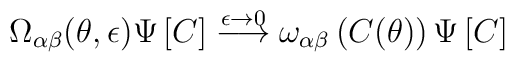
\Omega_{\alpha\beta}(\theta,\epsilon) \Psi \left[C \right]\stackrel{\epsilon \rightarrow 0}{\longrightarrow}\omega_{\alpha\beta}\left(C(\theta)\right)\Psi \left[C \right]